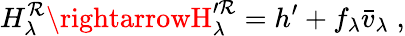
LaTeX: H_{\lambda}^{\mathcal{R}}\rightarrowH_{\lambda}^{\prime\mathcal{R}}=h^{\prime}+f_{\lambda}{\bar{{v}}}_{\lambda}\; ,